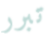
تبرر